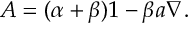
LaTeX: A = ( \alpha + \beta ) 1 _ { } - \beta a \nabla .